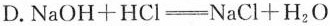
D. $$NaOH+HCl \xlongequal NaCl+H_{2}O $$